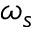
\omega _ { s }